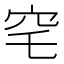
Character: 𮃸